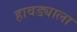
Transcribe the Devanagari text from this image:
हावड्याला